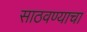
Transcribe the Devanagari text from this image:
साठवण्याचा